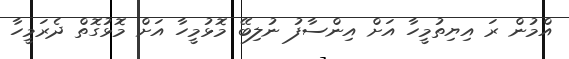
އްމުން ރަ އިޔިތުމީހާ އަށް އިންސާފު ނުލިބޭ މޮޅުމީހާ އަށް މޮޅުގޮތް ދެރަމީހާ